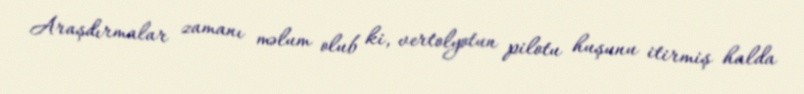
Araşdırmalar zamanı məlum olub ki, vertolyotun pilotu huşunu itirmiş halda